Annual administration and progress report of the Indian Medical Department, Bombay
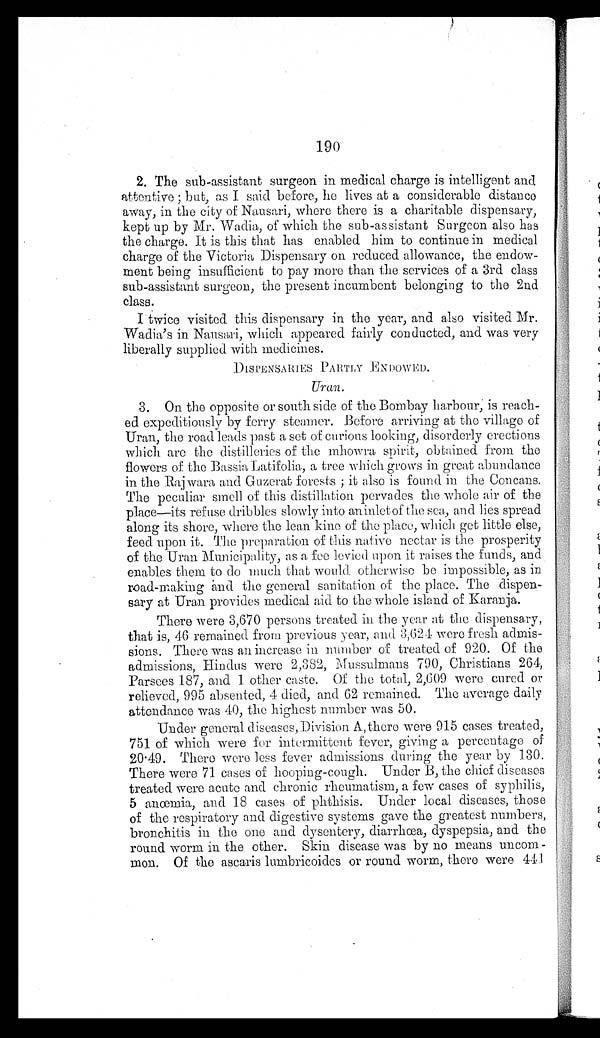
190
2. The sub-assistant surgeon in medical charge is intelligent and
attentive; but, as I said before, he lives at a considerable distance
away, in the city of Nausari, where there is a charitable dispensary,
kept up by Mr. Wadia, of which the sub-assistant Surgeon also has
the charge. It is this that has enabled him to continue in medical
charge of the Victoria Dispensary on reduced allowance, the endow
-
ment being insufficient to pay more than the services of a 3rd class
sub-assistant surgeon, the present incumbent belonging to the 2nd
class.
I twice visited this dispensary in the year, and also visited Mr.
Wadia's in Nausari, which appeared fairly conducted, and was very
liberally supplied with medicines.
DISPENSARIES PARTLY ENDOWED.
Uran .
3. On the opposite or south side of the Bombay harbour, is reach
-
ed expeditiously by ferry steamer. Before arriving at the village of
Uran, the road leads past a set of curious looking, disorderly erections
which are the distilleries of the mhowra spirit, obtained from the
flowers of the Bassia Latifolia, a tree which grows in great abundance
in the Rajwara and Guzerat forests; it also is found in the Concans.
The peculiar smell of tins distillation pervades the whole air of the
place—its refuse dribbles slowly into aninlet of the sea, and lies spread
along its shore, where the lean kine of the place, which get little else,
feed upon it. The preparation of this native nectar is the prosperity
of the Uran Municipality, as a fee levied upon it raises the funds, and
enables them to do much that would otherwise be impossible, as in
road-making and the general sanitation of the place. The dispen
-
sary at Uran provides medical aid to the whole island of Karanja.
There were 3,670 persons treated in the year at the dispensary,
that is, 46 remained from previous year, and 3,624 were fresh admis-
-sions. There was an increase in number of treated of 920. Of the
admissions, Hindus were 2,382, Mussulmans 790, Christians 264,
Parsees 187, and 1 other caste. Of the total, 2,609 were cured or
relieved, 995 absented, 4 died, and 62 remained. The average daily
attendance was 40, the highest number was 50.
Under general diseases, Division A, there were 915 cases treated,
751 of which were for intermittent fever, giving a percentage of
20.49. There were less fever admissions during the year by 130.
There were 71 cases of hooping-cough. Under B, the chief diseases
treated were acute and chronic rheumatism, a few cases of syphilis,
5 anœmia, and 18 cases of phthisis. Under local diseases, those
of the respiratory and digestive systems gave the greatest numbers,
bronchitis in the one and dysentery, diarrhœa, dyspepsia, and the
round worm in the other. Skin disease was by no means uncom
-
mon. Of the ascaris lumbricoides or round worm, there were 441